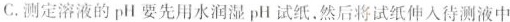
C.测定溶液的pH要先用水润湿pH试纸，然后将试纸伸入待测液中